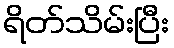
ရိတ်သိမ်းပြီး